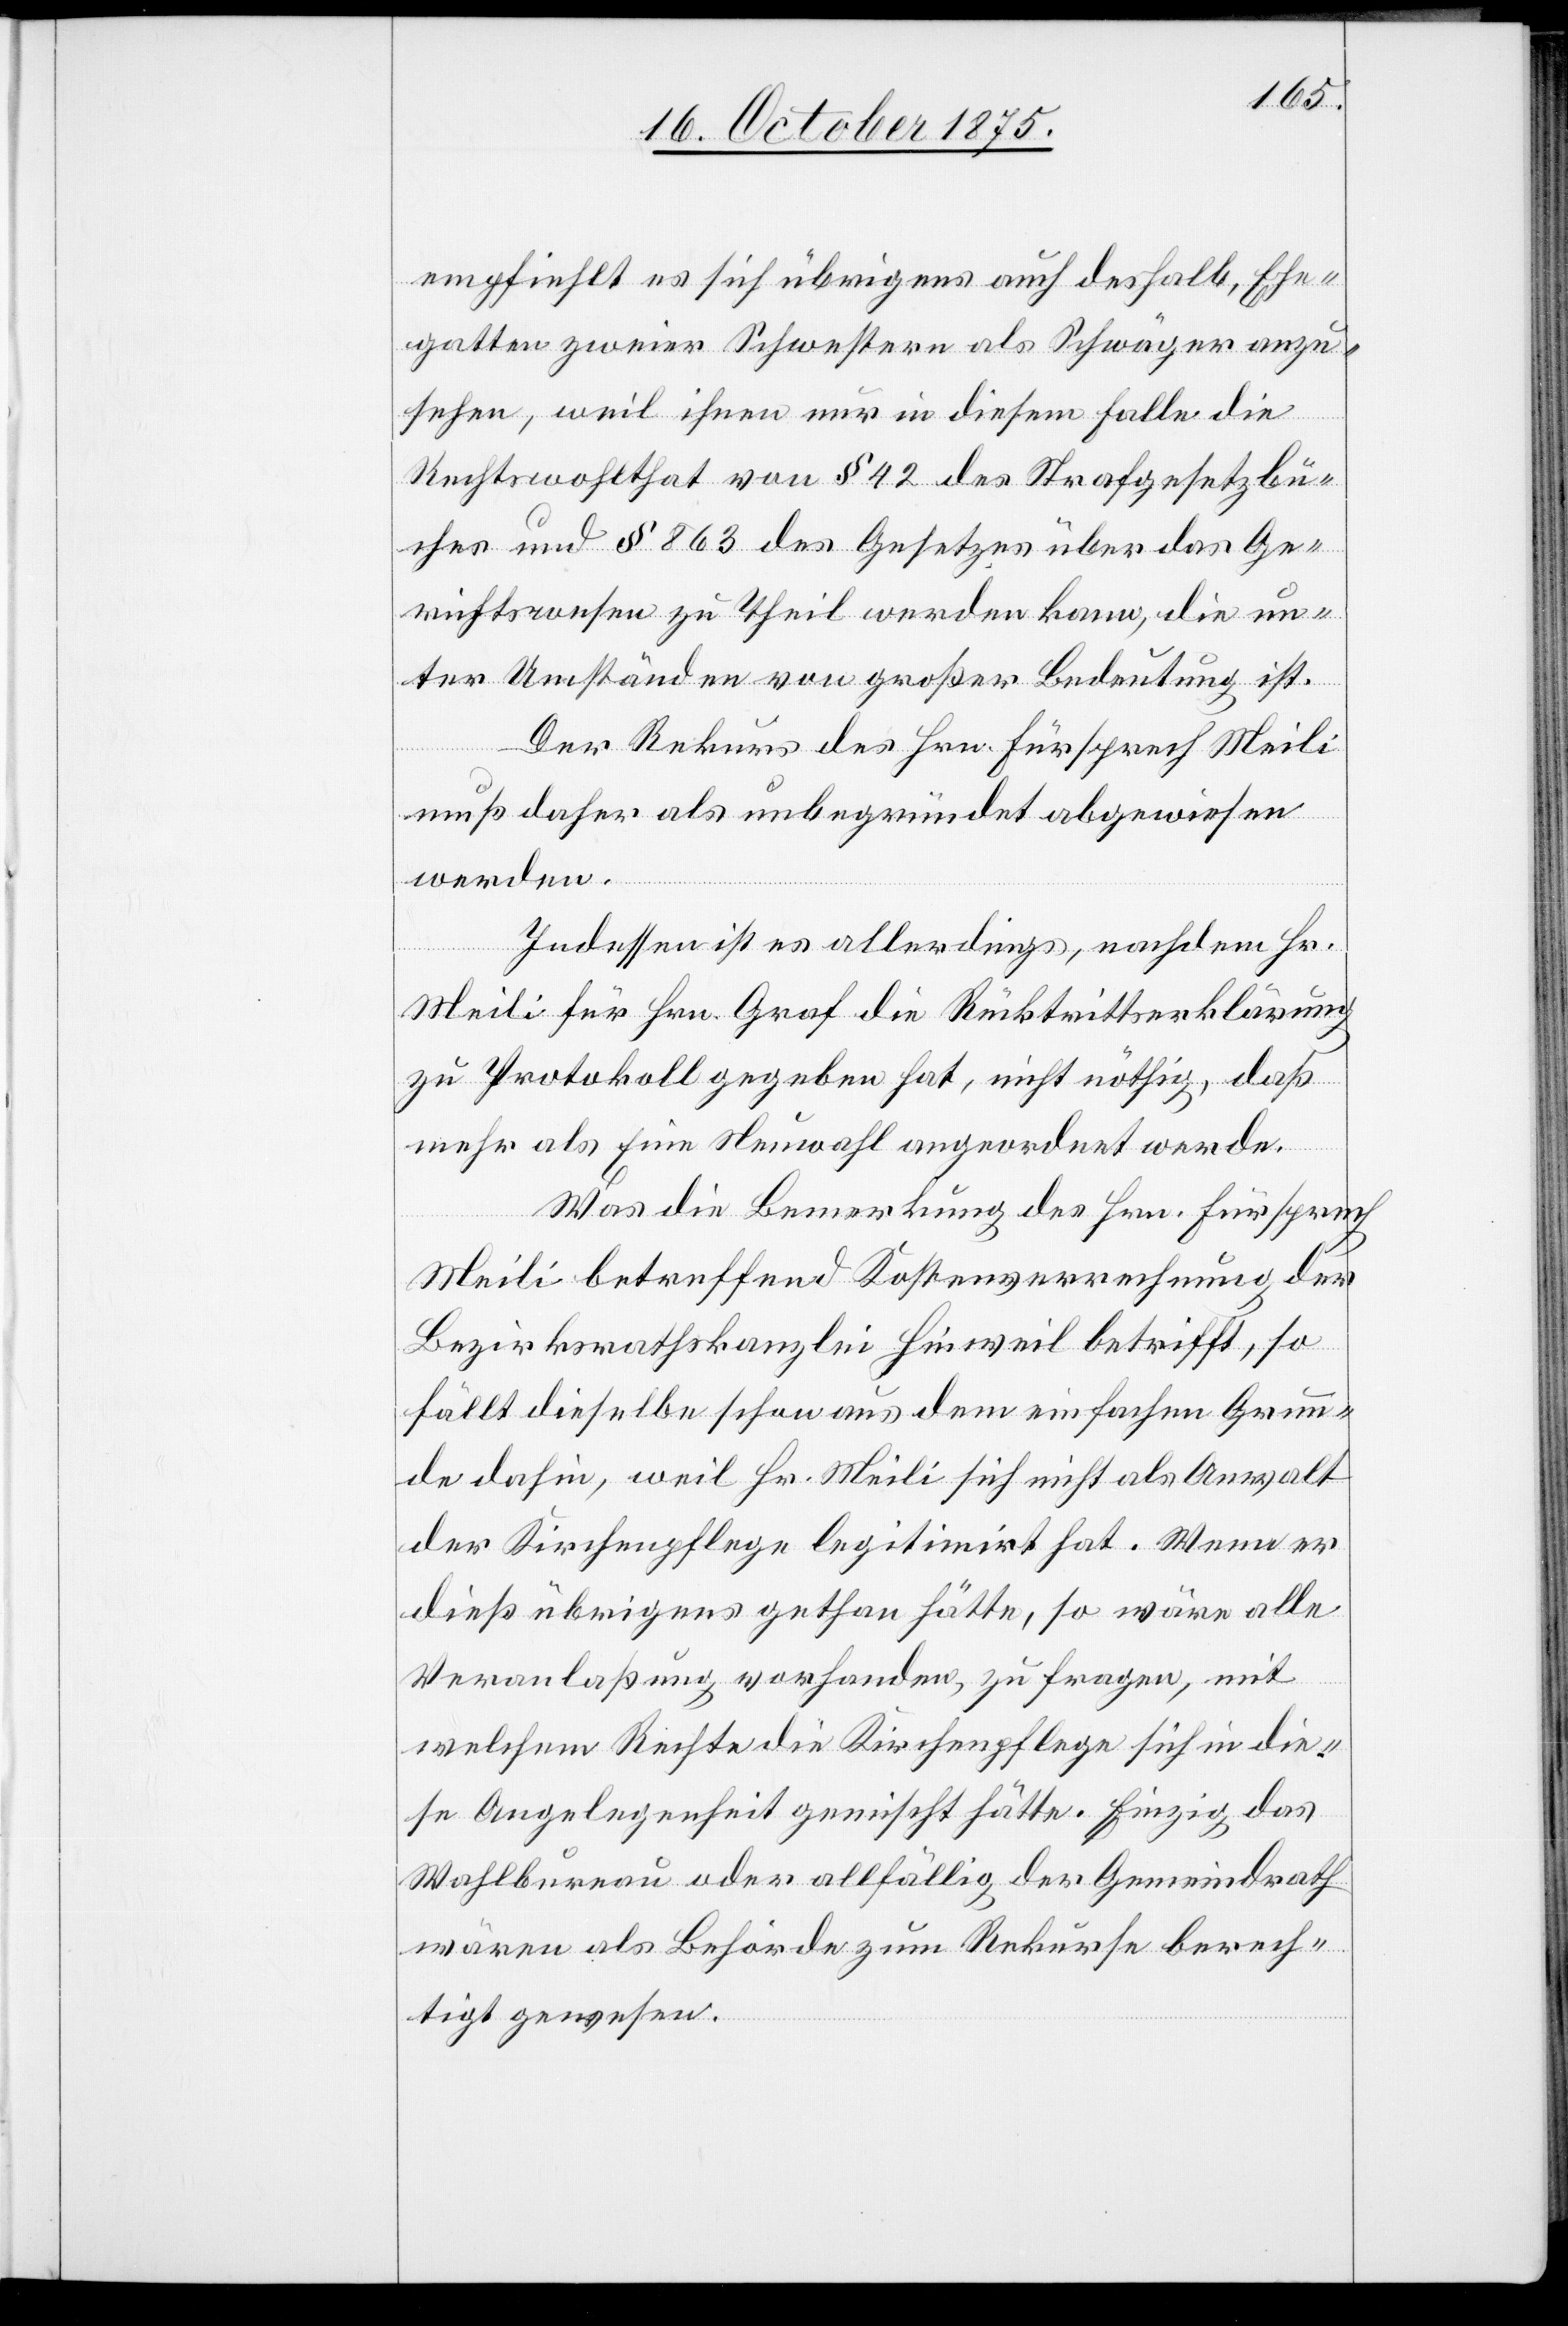
empfiehlt es sich übrigens auch deshalb, Ehe¬
gatten zweier Schwestern als Schwäger anzu¬
sehen, weil ihnen nur in diesem Falle die
Rechtswohlthat von § 42 des Strafgesetzbu¬
ches und § 863 des Gesetzes über das Ge¬
richtswesen zu Theil werden kann, die un¬
ter Umständen von großer Bedeutung ist.
Der Rekurs des Hrn. Fürsprech Meili
muß daher als unbegründet abgewiesen
werden.
Indessen ist es allerdings, nachdem Hr.
Meili für Hrn. Graf die Rücktrittserklärung
zu Protokoll gegeben hat, nicht nöthig, daß
mehr als Eine [sic!] Neuwahl angeordnet werde.
Was die Bemerkung des Hrn. Fürsprech
Meili betreffend Kostenverrechnung der
Bezirksrathskanzlei Hinweil betrifft, so
fällt dieselbe schon aus dem einfachen Grun¬
de dahin, weil Hr. Meili sich nicht als Anwalt
der Kirchenpflege legitimirt hat. Wenn er
dieß übrigens gethan hätte, so wäre alle
Veranlaßung vorhanden, zu fragen, mit
welchem Rechte die Kirchenpflege sich in die¬
se Angelegenheit gemischt hätte. Einzig das
Wahlbureau oder allfällig der Gemeindrath
wären als Behörde zum Rekurse berech¬
tigt gewesen.